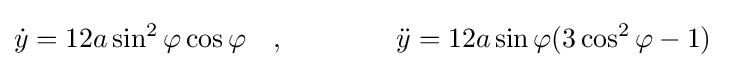
{\dot {y}}=12a\sin ^{2}\varphi \cos \varphi \quad ,\quad \quad \quad \quad {\ddot {y}}=12a\sin \varphi (3\cos ^{2}\varphi -1)\